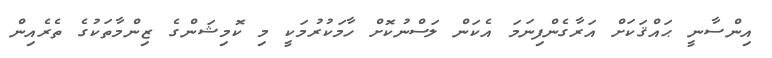
އިންސާނީ ޙައްޤަކަށް އަރާގެންފިނަމަ އެކަން ލަސްނުކޮށް ހާމަކުރުމަކީ މި ކޮމިޝަންގެ ޒިންްމާތަކުގެ ތެރެއިން